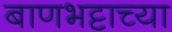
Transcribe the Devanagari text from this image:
बाणभट्टाच्या